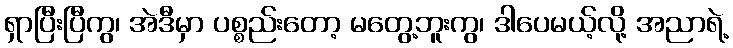
ရှာပြီးပြီကွ၊ အဲဒီမှာ ပစ္စည်းတော့ မတွေ့ဘူးကွ၊ ဒါပေမယ့်လို့ အညာရဲ့